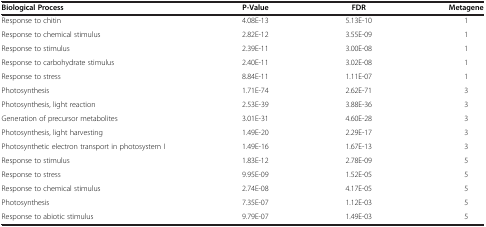
| Biological Process | P-Value | FDR | Metagene |
 | --- | --- | --- | --- |
 | Response to chitin | 4.08E-13 | 5.13E-10 | 1 |
 | Response to chemical stimulus | 2.82E-12 | 3.55E-09 | 1 |
 | Response to stimulus | 2.39E-11 | 3.00E-08 | 1 |
 | Response to carbohydrate stimulus | 2.40E-11 | 3.02E-08 | 1 |
 | Response to stress | 8.84E-11 | 1.11E-07 | 1 |
 | Photosynthesis | 1.71E-74 | 2.62E-71 | 3 |
 | Photosynthesis, light reaction | 2.53E-39 | 3.88E-36 | 3 |
 | Generation of precursor metabolites | 3.01E-31 | 4.60E-28 | 3 |
 | Photosynthesis, light harvesting | 1.49E-20 | 2.29E-17 | 3 |
 | Photosynthetic electron transport in photosystem I | 1.49E-16 | 1.67E-13 | 3 |
 | Response to stimulus | 1.83E-12 | 2.78E-09 | 5 |
 | Response to stress | 9.95E-09 | 1.52E-05 | 5 |
 | Response to chemical stimulus | 2.74E-08 | 4.17E-05 | 5 |
 | Photosynthesis | 7.35E-07 | 1.12E-03 | 5 |
 | Response to abiotic stimulus | 9.79E-07 | 1.49E-03 | 5 |